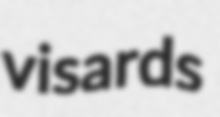
visards